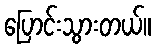
ပြောင်းသွားတယ်။